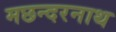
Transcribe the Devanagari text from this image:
मछन्दरनाथ